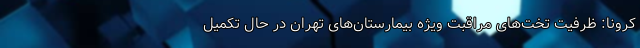
کرونا: ظرفیت تخت‌های مراقبت ویژه بیمارستان‌های تهران در حال تکمیل